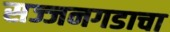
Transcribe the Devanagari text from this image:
सज्जनगडाचा